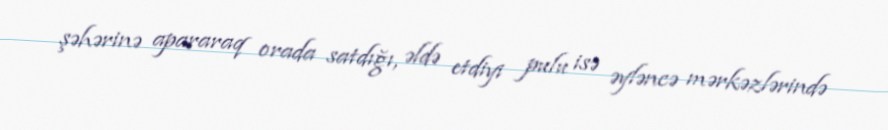
şəhərinə apararaq orada satdığı, əldə etdiyi pulu isə əyləncə mərkəzlərində